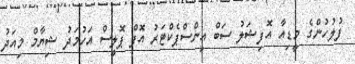
ފުލުހުންގެ މީޑިއާ އޮފިޝަލު ސަބް އިންސްޕެކްޓަރު އޮފް ޕޮލީސް އަހުމަދު ޝިޔާމް މިއަދު